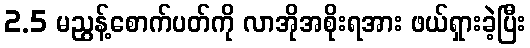
2.5 မညွန့်စောက်ပတ်ကို လာအိုအစိုးရအား ဖယ်ရှားခဲ့ပြီး